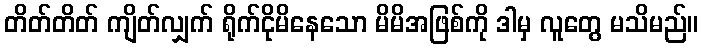
တိတ်တိတ် ကျိတ်လျှက် ရိုက်ငိုမိနေသော မိမိအဖြစ်ကို ဒါမှ လူတွေ မသိမည်။